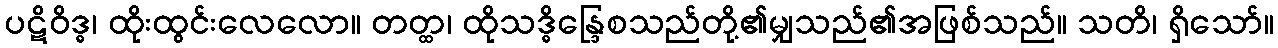
ပဋိဝိဒ္ဓ၊ ထိုးထွင်းလေလော။ တတ္ထ၊ ထိုသဒ္ဓိန္ဒြေစသည်တို့၏မျှသည်၏အဖြစ်သည်။ သတိ၊ ရှိသော်။